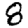
Digit: 8